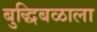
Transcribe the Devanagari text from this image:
बुद्धिबळाला